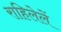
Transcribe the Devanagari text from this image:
राहिलेलें